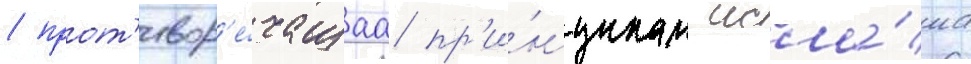
/ прот'ивор'е́чащаа пр'и́нципам исла́ма